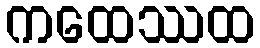
ကထေဿထ